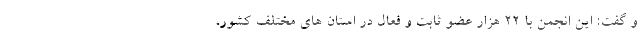
و گفت: این انجمن با 22 هزار عضو ثابت و فعال در استان های مختلف کشور،